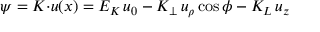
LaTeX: \psi = K { \cdot } u ( x ) = E _ { K } \, u _ { 0 } - K _ { \perp } \, u _ { \rho } \cos \phi - K _ { L } \, u _ { z }